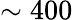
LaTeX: \sim 400